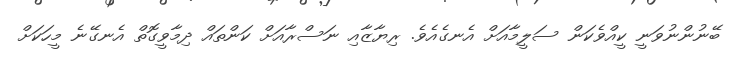
ބޭނުންނުވަނީ ކީއްވެކަން ސަލީމާއަށް އެނގެއެވެ. ރިޔާޒާއި ނަސްރާއަށް ކަންތައް ދިމާވީގޮތް އެނގޭނެ މީހަކަށް